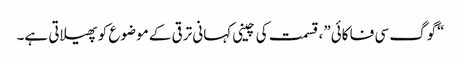
“گوگ سی فا کائی”، قسمت کی چینی کہانی ترقی کے موضوع کو پھیلاتی ہے۔